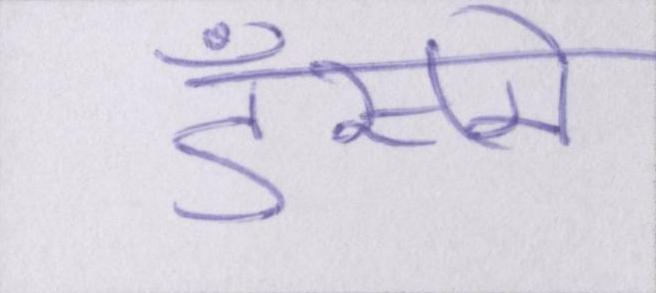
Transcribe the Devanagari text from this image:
डँसने